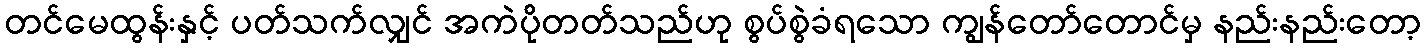
တင်မေထွန်းနှင့် ပတ်သက်လျှင် အကဲပိုတတ်သည်ဟု စွပ်စွဲခံရသော ကျွန်တော်တောင်မှ နည်းနည်းတော့